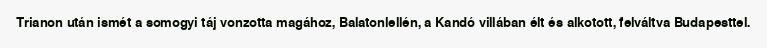
Trianon után ismét a somogyi táj vonzotta magához, Balatonlellén, a Kandó villában élt és alkotott, felváltva Budapesttel.